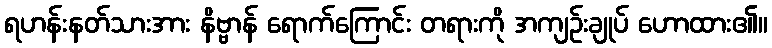
ရဟန်းနတ်သားအား နိဗ္ဗာန် ရောက်ကြောင်း တရားကို အကျဉ်းချုပ် ဟောထား၏။